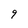
Character: 9